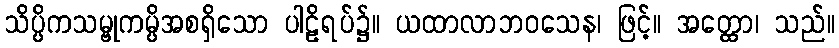
သိပ္ပိကသမ္ဗုကမ္ပိအစရှိသော ပါဠိရပ်၌။ ယထာလာဘဝသေန၊ ဖြင့်။ အတ္ထော၊ သည်။